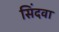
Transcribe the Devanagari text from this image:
सिंदवा